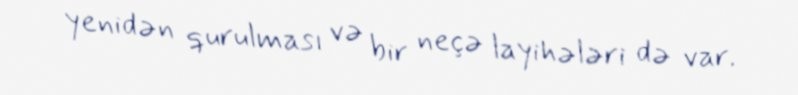
yenidən qurulması və bir neçə layihələri də var.